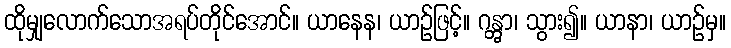
ထိုမျှလောက်သောအရပ်တိုင်အောင်။ ယာနေန၊ ယာဉ်ဖြင့်။ ဂန္တွာ၊ သွား၍။ ယာနာ၊ ယာဉ်မှ။